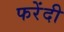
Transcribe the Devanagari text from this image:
फरेंदी